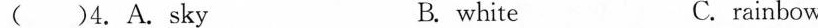
( )4.A. sky B. white C.rainbow